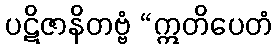
ပဋိဇာနိတဗ္ဗံ “ဣတိပေတံ